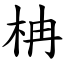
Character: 柟